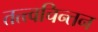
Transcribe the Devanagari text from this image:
तत्त्वचिन्तन